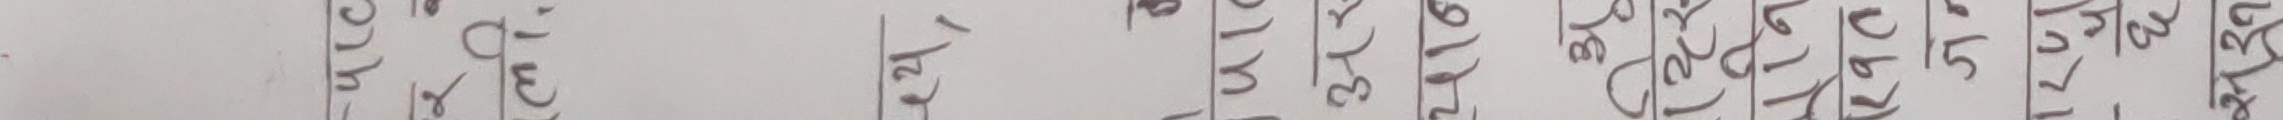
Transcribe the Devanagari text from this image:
५८०९९' ११८१
१९०/६३/९०/९१/९२/९३/९४/९५/